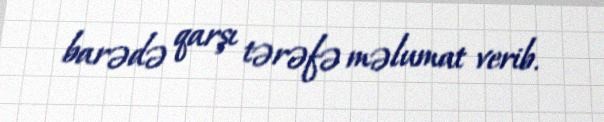
barədə qarşı tərəfə məlumat verib.